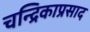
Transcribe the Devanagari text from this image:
चन्द्रिकाप्रसाद